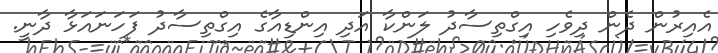
އެއިރުން ދެން ދިވެހި އިގްތިސާދު ލަންކާ އަދި އިންޑިއާގެ އިގްތިސާދު ފަހަނައަޅާ ދާނީ.